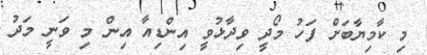
މި ކާމިޔާބަށް ފަހު މޯދީ ވިދާޅުވީ އިންޑިއާ އިން މި ވަނީ މަދު